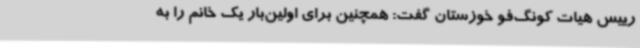
رییس هیات کونگ‌فو خوزستان گفت: همچنین برای اولین‌بار یک خانم را به